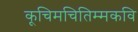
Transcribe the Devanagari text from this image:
कूचिमचितिम्मकवि